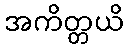
အကိတ္တယိ